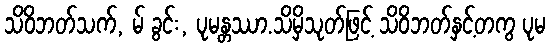
သိဝိဘတ်သက်, မ် ခွင်း, ပုမန္တဿာ.သိမှိသုတ်ဖြင့် သိဝိဘတ်နှင့်တကွ ပုမ